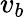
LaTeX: v_{b}